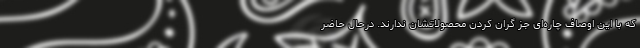
که با این اوصاف چاره‌ای جز گران کردن محصولاتشان ندارند. درحال حاضر